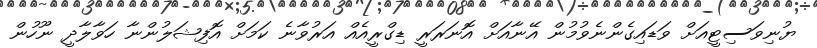
ޔުނިވަސިޓީއަށް ވަޑައިގެންނެވުމުން އޭނާއަށް އޮނަރަރީ ޑިގްރީއެއް އަރުވާނެ ކަމަށް އޮފިޝަލުންނާ ހަވާލާދީ ނޫހުން